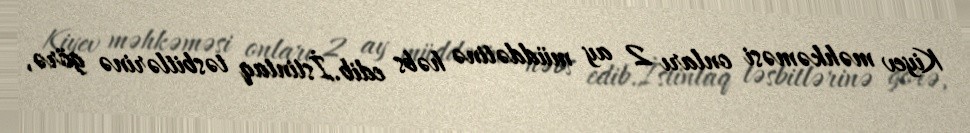
Kiyev məhkəməsi onları 2 ay müddətinə həbs edib.İstintaq təsbitlərinə görə,